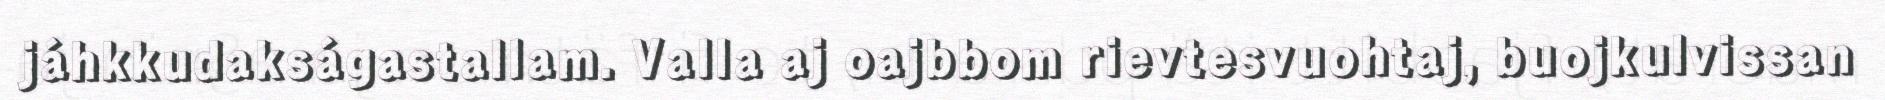
jáhkkudakságastallam. Valla aj oajbbom rievtesvuohtaj, buojkulvissan